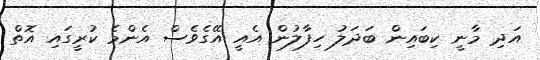
އަދި މާނީ ކިބައިން ބަދަލު ހިފާލުން އެއީ އޭގެވެސް އެންމެ ކުރީގައި އޮތް